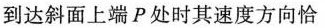
到达斜面上端P处时其速度方向恰